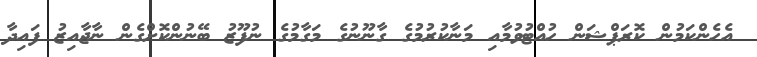
އެހެންކަމުން ކޮރަޕްޝަން ހުއްޓުވުމާއި މަނާކުރުމުގެ ގާނޫނުގެ މަގާމުގެ ނުފޫޒު ބޭނުންކޮށްގެން ނާޖާއިޒު ފައިދާ